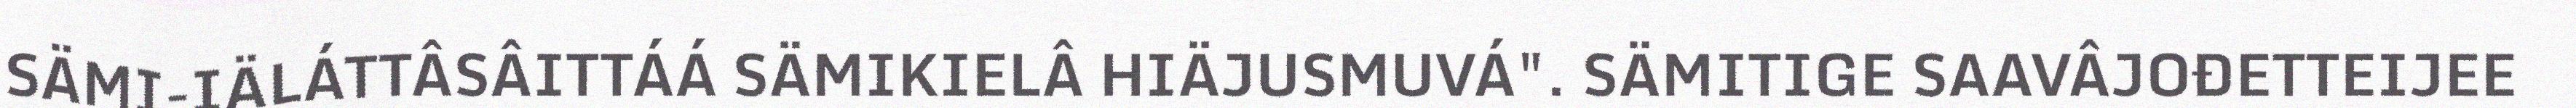
SÄMI-IÄLÁTTÂSÂITTÁÁ SÄMIKIELÂ HIÄJUSMUVÁ". SÄMITIGE SAAVÂJOĐETTEIJEE